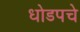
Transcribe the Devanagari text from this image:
धोडपचे